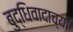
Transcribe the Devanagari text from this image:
बुद्धिवादाच्या